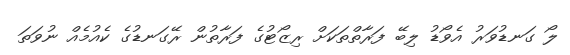
ލޯ ގަނޑުވަރު އެވޯޑު ލިބޭ ފަރާތްތަކަށް ރިޒޯޓުގެ ފަރާތުން ރޭގަނޑުގެ ކެއުމެއް ނުވަތަ